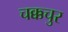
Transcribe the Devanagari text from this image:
चक्कचुर